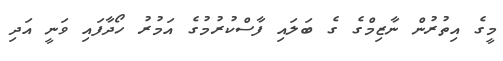
މީގެ އިތުރުން ނާޒިމްގެ ގެ ބަލައި ފާސްކުރުމުގެ އަމުރު ހޯދާފައި ވަނީ އަދި